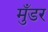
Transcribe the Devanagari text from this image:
मुँडर